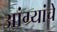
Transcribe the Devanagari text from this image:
आंग्र्यांचे